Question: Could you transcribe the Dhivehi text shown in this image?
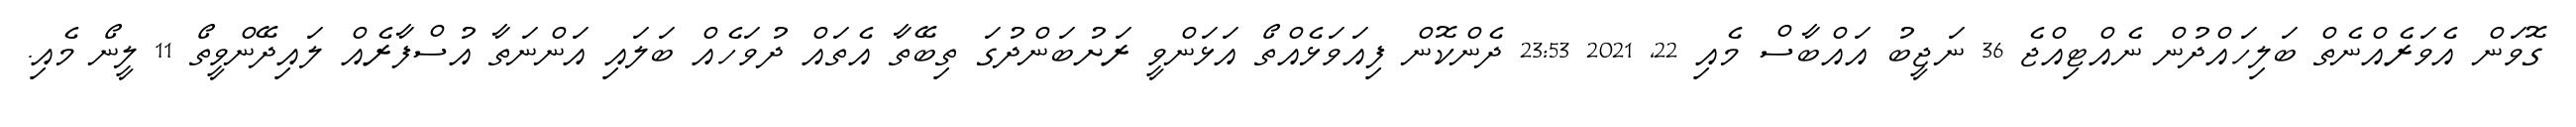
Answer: ގޮވަން އެވަރެއްނެތް ބަލިހައްދުން ނެއްޓިއްޖެ 36 ނަޖީބު އައްބާސް މެއި 22, 2021 23:53 ދެންކޮން ފިއަވަޅެއްތޯ އަޅަންވީ ރަށުބަންދުގަ ތިބޭތާ އެތައް ދުވަހެއް ބަލައި އަންނަތާ އުސްފާރެއް ލައިދޭންވީތޯ 11 ލީނޯ މެއި.